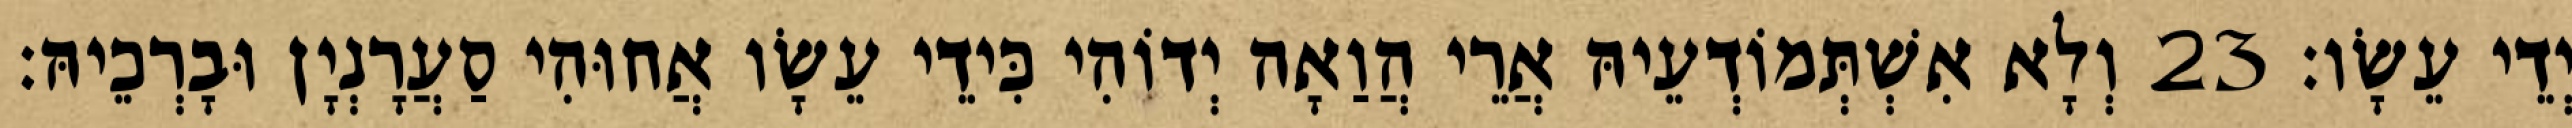
יְדֵי עֵשָׂו׃ 23 וְלָא אִשְׁתְּמוֹדְעֵיהּ אֲרֵי הֲוַאָה יְדוֹהִי כִּידֵי עֵשָׂו אֲחוּהִי סַעֲרָנְיָן וּבָרְכֵיהּ׃